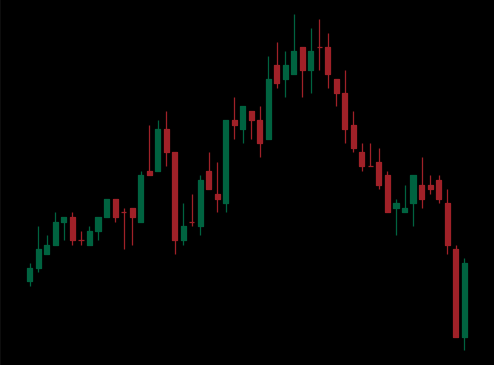
Pattern: head_shoulders